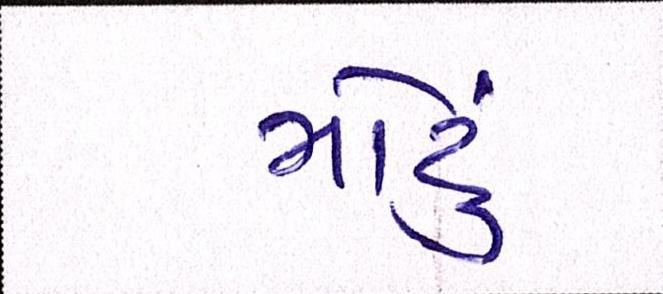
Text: મોટું